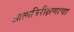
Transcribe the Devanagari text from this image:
आत्मनिरीक्षणाचा